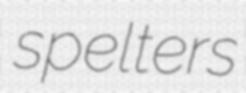
spelters